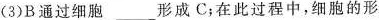
(3)B通过细胞___形成C；在此过程中，细胞的形